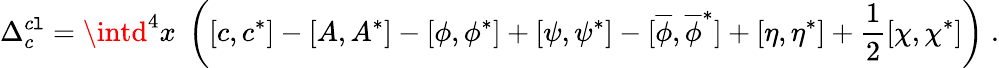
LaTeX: \Delta_{c}^{c\mathtt{l}}=\intd^{4}x\; \left([c,c^{*}]-[A,A^{*}]-[\phi,\phi^{*}]+[\psi,\psi^{*}]-[\overline{{{{\phi}}}},\overline{{{{\phi}}}}^{*}]+[\eta,\eta^{*}]+\frac{1}{2}[\chi,\chi^{*}]\right)\; .